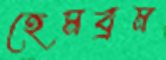
হেমব্রম